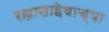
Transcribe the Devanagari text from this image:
रझासाहेबाच्या